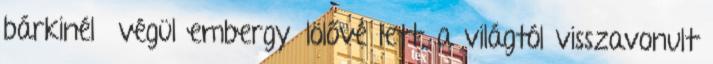
bárkinél végül embergyűlölővé lett, a világtól visszavonult